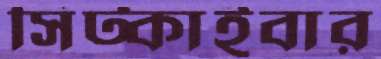
সিট্‌কাইবার